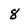
Character: 8